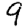
Digit: 9